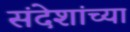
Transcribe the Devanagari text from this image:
संदेशांच्या